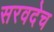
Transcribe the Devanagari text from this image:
सरवदेच